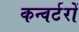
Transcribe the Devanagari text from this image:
कन्वर्टरों